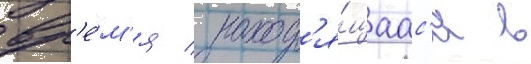
вр'е́м'я / наход'я́щаас'я в